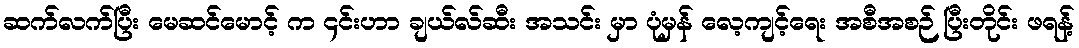
ဆက်လက်ပြီး မေဆင်မောင့် က ၄င်းဟာ ချယ်လ်ဆီး အသင်း မှာ ပုံမှန် လေ့ကျင့်ရေး အစီအစဉ် ပြီးတိုင်း ဖရန့်